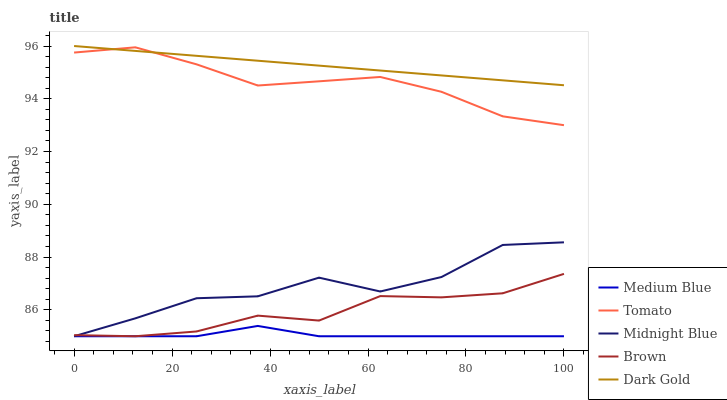
| xaxis_label | Medium Blue | Tomato | Midnight Blue | Brown | Dark Gold |
 | --- | --- | --- | --- | --- | --- |
 | 0 | 85 | 95.8 | 85 | 85 | 96 |
 | 12.5 | 85 | 96 | 85.7 | 85 | 95.8 |
 | 25 | 85 | 95.3 | 86.4 | 85.2 | 95.6 |
 | 37.5 | 85.4 | 94.5 | 86.5 | 85.8 | 95.4 |
 | 50 | 85 | 94.7 | 87.2 | 85.6 | 95.3 |
 | 62.5 | 85 | 94.8 | 86.7 | 86.5 | 95.1 |
 | 75 | 85 | 94.3 | 87.2 | 86.5 | 94.9 |
 | 87.5 | 85 | 93.3 | 88.5 | 86.6 | 94.7 |
 | 100 | 85 | 93 | 88.6 | 87.4 | 94.5 |